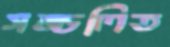
সঙ্চলিত